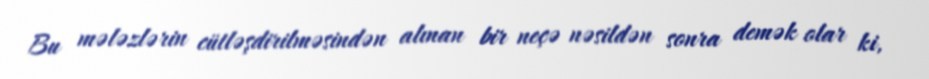
Bu mələzlərin cütləşdirilməsindən alınan bir neçə nəsildən sonra demək olar ki,